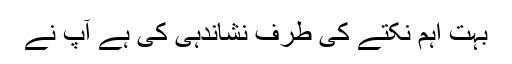
بہت اہم نکتے کی طرف نشاندہی کی ہے آپ نے